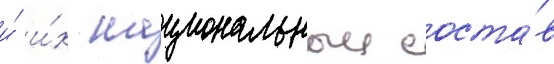
и́ и́х национальныи соста́в